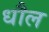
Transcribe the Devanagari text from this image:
धौल